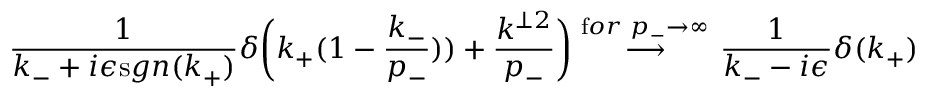
\frac { 1 } { k _ { - } + i \epsilon { \textrm s g n ( k _ { + } ) } } \delta \bigg ( k _ { + } ( 1 - \frac { k _ { - } } { p _ { - } } ) ) + \frac { k ^ { \perp 2 } } { p _ { - } } \bigg ) \stackrel { { \textrm f o r } \, \, p _ { - } \to \infty \, } { \longrightarrow } \frac { 1 } { k _ { - } - i \epsilon } \delta ( k _ { + } ) \;